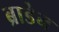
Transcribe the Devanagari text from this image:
ब्राडेन